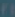
٢١